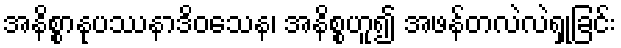
အနိစ္စာနုပဿနာဒိဝသေန၊ အနိစ္စဟူ၍ အဖန်တလဲလဲရှုခြင်း